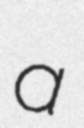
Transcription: a